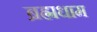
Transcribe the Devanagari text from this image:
ब्रह्मधाम